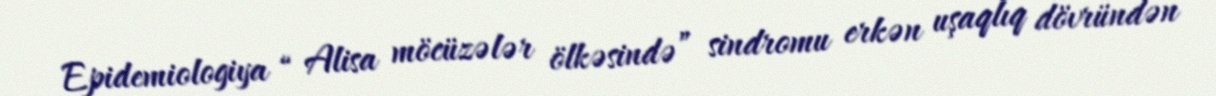
Epidemiologiya “ Alisa möcüzələr ölkəsində” sindromu erkən uşaqlıq dövründən